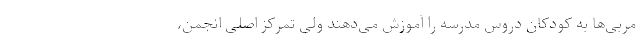
مربی‌ها به کودکان دروس مدرسه را آموزش می‌دهند ولی تمرکز اصلی انجمن،